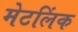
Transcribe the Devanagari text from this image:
मेटलिंक